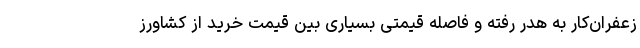
زعفران‌کار به هدر رفته و فاصله قیمتی بسیاری بین قیمت خرید از کشاورز